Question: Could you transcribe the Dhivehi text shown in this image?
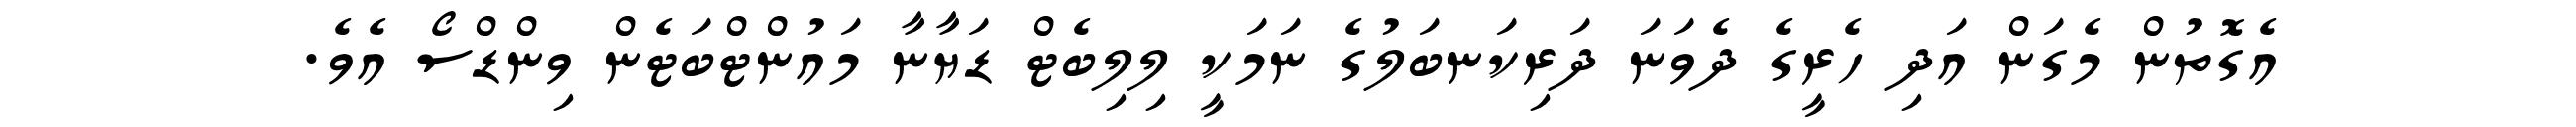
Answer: އެގޮތުން މެގަން އަދި ހެރީގެ ދެވަނަ ދަރިކަނބަލުގެ ނަމަކީ ލިލިބެޓް ޑަޔާނާ މައުންޓްބަޓެން ވިންޑްސޯ އެވެ.